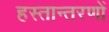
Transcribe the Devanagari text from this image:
हस्तान्तरणों